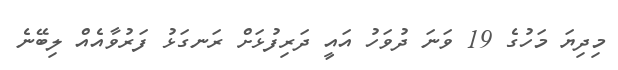
މިދިޔަ މަހުގެ 19 ވަނަ ދުވަހު އައީ ދަރިފުޅަށް ރަނގަޅު ފަރުވާއެއް ލިބޭނެ